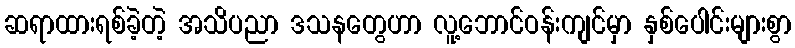
ဆရာထားရစ်ခဲ့တဲ့ အသိပညာ ဒသနတွေဟာ လူ့ဘောင်ဝန်းကျင်မှာ နှစ်ပေါင်းများစွာ